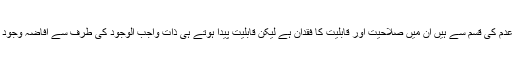
وہ شرور جو خود نیستی و عدم کی قسم سے ہیں ان میں صلاحیت اور قابلیت کا فقدان ہے لیکن قابلیت پیدا ہوتے ہی ذات واجب الوجود کی طرف سے افاضہ وجود حتمی اور لازم ہو جاتا ہے۔